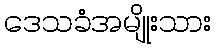
ဒေသခံအမျိုးသား